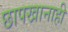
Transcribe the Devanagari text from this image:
छापखानाही